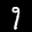
Label: 9